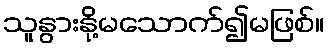
သူနွားနို့မသောက်၍မဖြစ်။